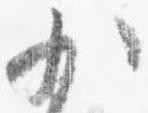
少